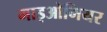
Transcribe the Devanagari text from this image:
माइओमियर